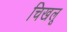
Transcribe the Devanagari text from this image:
चिखलू